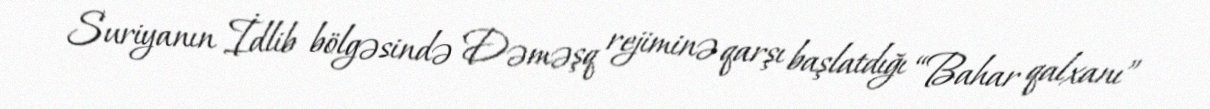
Suriyanın İdlib bölgəsində Dəməşq rejiminə qarşı başlatdığı “Bahar qalxanı”